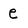
Character: e